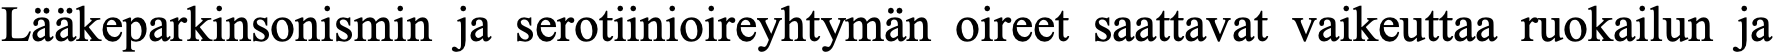
Lääkeparkinsonismin ja serotiinioireyhtymän oireet saattavat vaikeuttaa ruokailun ja